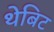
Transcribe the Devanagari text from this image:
थेबिट